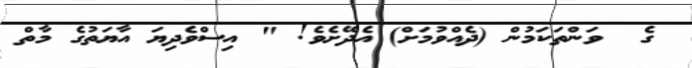
ގެ  ވަންތަކަމުން (ދެއްވުމަށް) އެދޭށެވެ! " އިސްވެދިޔަ އާޔަތުގެ މާތް